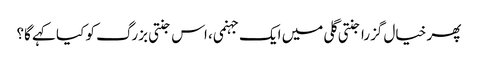
پھر خیال گزرا جنتی گلی میں ایک جہنمی، اس جنتی بزرگ کو کیا کہے گا؟